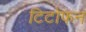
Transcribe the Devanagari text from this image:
टिटोफन